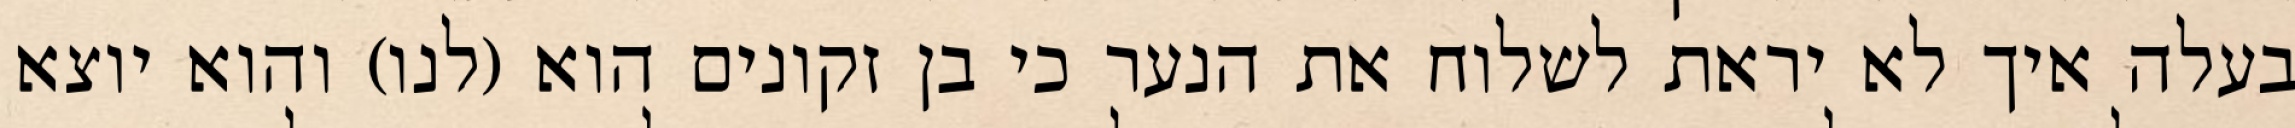
בעלה איך לא יראת לשלוח את הנער כי בן זקונים הוא (לנו) והוא יוצא